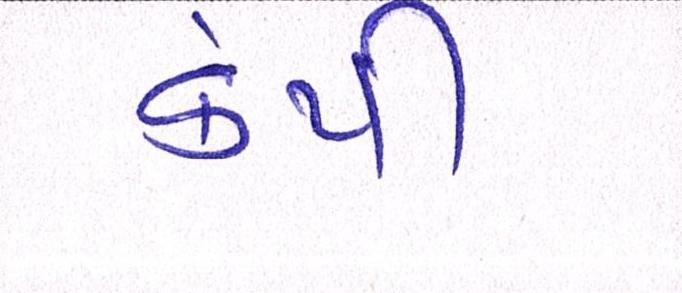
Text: કંપી